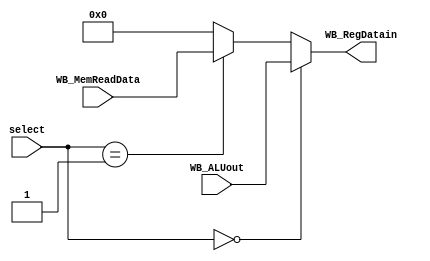
`timescale 1ns / 1ps
//////////////////////////////////////////////////////////////////////////////////
// Company: 
// Engineer: 
// 
// Design Name: 
// Module Name: mux2_1wb
// Project Name: 
// Target Devices: 
// Tool Versions: 
// Description: 
// 
// Dependencies: 
// 
// Revision:
// Revision 0.01 - File Created
// Additional Comments:
// 
//////////////////////////////////////////////////////////////////////////////////


module mux3_1wb(
WB_ALUout,WB_MemReadData,select,WB_RegDatain
    );
input [31:0] WB_ALUout,WB_MemReadData;
input [1:0] select;
output [31:0] WB_RegDatain;

assign WB_RegDatain = (select==2'b00)?WB_ALUout:
                    (select==2'b01)?WB_MemReadData:32'd0;


endmodule